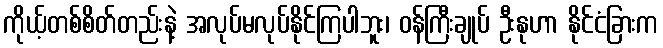
ကိုယ့်တစ်စိတ်တည်းနဲ့ အလုပ်မလုပ်နိုင်ကြပါဘူး၊ ဝန်ကြီးချုပ် ဦးနုဟာ နိုင်ငံခြားက